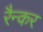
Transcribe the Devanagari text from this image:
रैन्कर